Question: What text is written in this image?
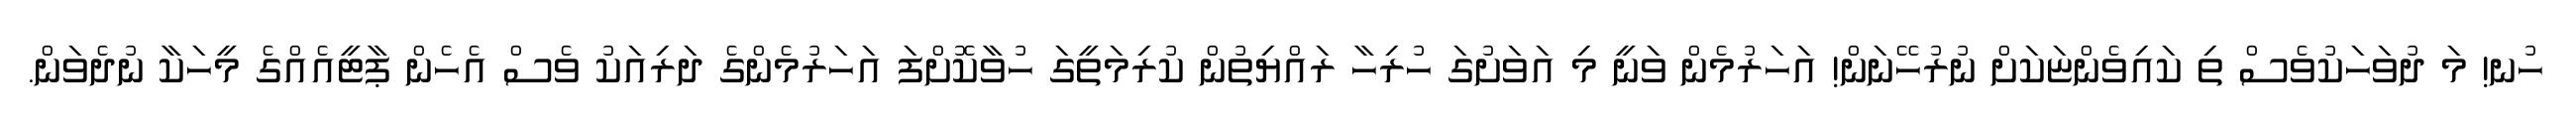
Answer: ހުނ! މަ ދުވަހަކުވެސް ތި ކައިވެންޏަކަށް ނުރުހޭނަން! އަހަރުމެން ވަނީ މި އަވަށުގަ ހުރިހާ ރައްޔިތުން ކުރިމަތީގަ ހުވާކޮށްފަ އަހަރުމެންގެ ދަރިއަކު ވެސް އެހެން ޕާޓީއެއްގެ މީހަކާ ނުދެވަން.